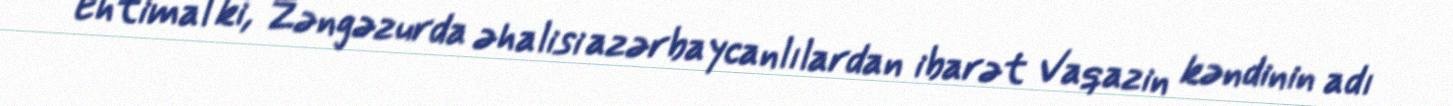
Ehtimal ki, Zəngəzurda əhalisi azərbaycanlılardan ibarət Vaqazin kəndinin adı